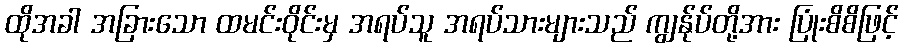
ထိုအခါ အခြားသော ထမင်းဝိုင်းမှ အရပ်သူ အရပ်သားများသည် ကျွန်ုပ်တို့အား ပြုံးစိစိဖြင့်